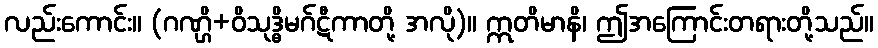
လည်းကောင်း။ (ဂဏ္ဌိ+ဝိသုဒ္ဓိမဂ်ဋီကာတို့ အလို)။ ဣတိမာနိ၊ ဤအကြောင်းတရားတို့သည်။